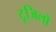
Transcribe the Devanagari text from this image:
टूजिलो